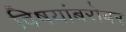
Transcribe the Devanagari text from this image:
विषयांबरोबर